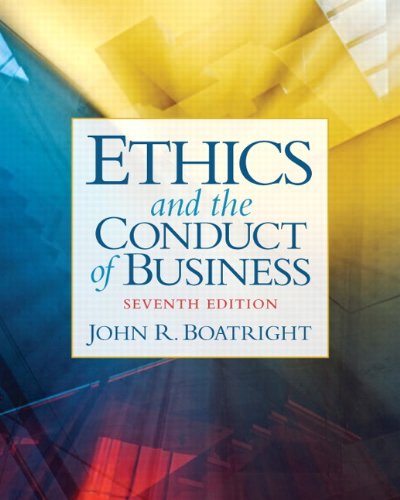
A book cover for Ethics and the Conduct of Business (7th Edition); John R. Boatright; Business & Money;